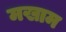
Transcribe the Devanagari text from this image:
मखाम